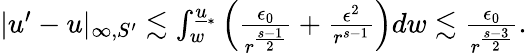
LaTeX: \begin{array}{r}{|u^{\prime}-u|_{\infty,S^{\prime}}\lesssim\int_{w}^{{\underline{{u}}}_{*}}\left(\frac{\epsilon_{0}}{{r}^{\frac{s-1}{2}}}+\frac{\epsilon^{2}}{r^{s-1}}\right)dw\lesssim\frac{\epsilon_{0}}{{r}^{\frac{s-3}{2}}}.}\end{array}